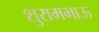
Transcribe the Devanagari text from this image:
शुरामभाऊ